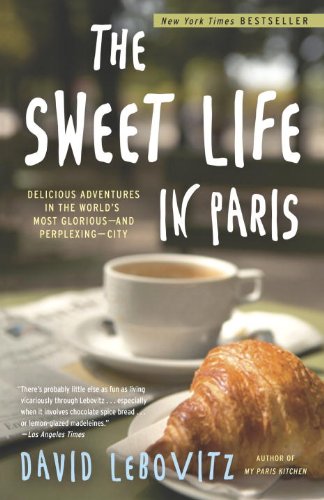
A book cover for The Sweet Life in Paris: Delicious Adventures in the World's Most Glorious - and Perplexing - City; David Lebovitz; Cookbooks, Food & Wine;